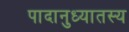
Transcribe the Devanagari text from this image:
पादानुध्यातस्य